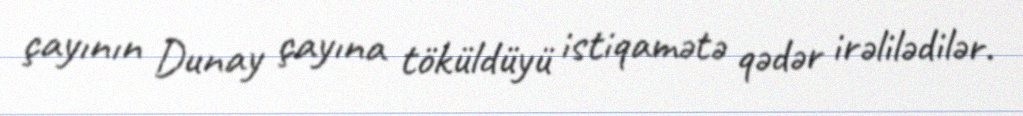
çayının Dunay çayına töküldüyü istiqamətə qədər irəlilədilər.